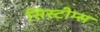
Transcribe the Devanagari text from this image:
सिस्टीम्स